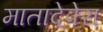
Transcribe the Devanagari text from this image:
मातादेपेरा